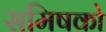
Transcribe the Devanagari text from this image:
समिषको